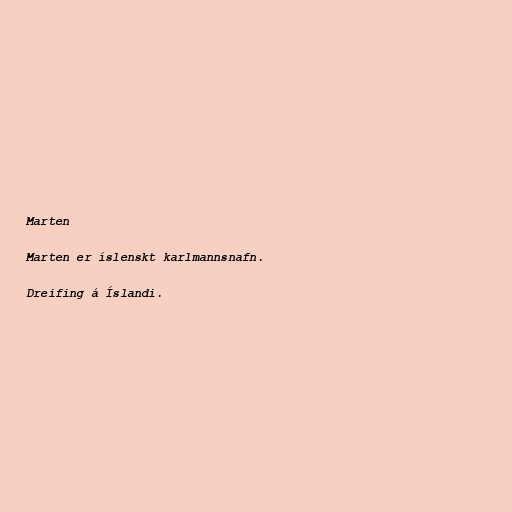
Marten

Marten er íslenskt karlmannsnafn.

Dreifing á Íslandi.